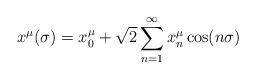
LaTeX: \begin{align*}x^{\mu}(\sigma)=x^{\mu}_{0}+\sqrt{2}\sum^{\infty}_{n=1}x^{\mu}_{n}\cos(n\sigma)\end{align*}